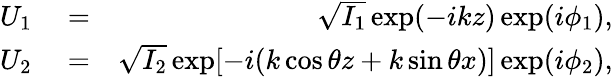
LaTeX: \begin{array}{rlr}{U_{1}}&{{}=}&{\sqrt{I_{1}}\exp(-ikz)\exp(i\phi_{1}),}\\ {U_{2}}&{{}=}&{\sqrt{I_{2}}\exp[-i(k\cos\theta z+k\sin\theta x)]\exp(i\phi_{2}),}\end{array}